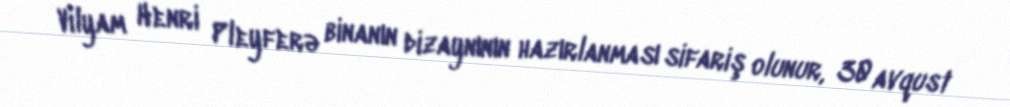
Vilyam Henri Pleyferə binanın dizaynının hazırlanması sifariş olunur, 30 avqust